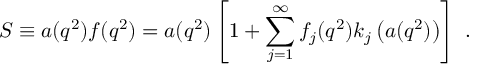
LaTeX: S \equiv a ( q ^ { 2 } ) f ( q ^ { 2 } ) = a ( q ^ { 2 } ) \left[ 1 + \sum _ { j = 1 } ^ { \infty } f _ { j } ( q ^ { 2 } ) k _ { j } \left( a ( q ^ { 2 } ) \right) \right] \ .